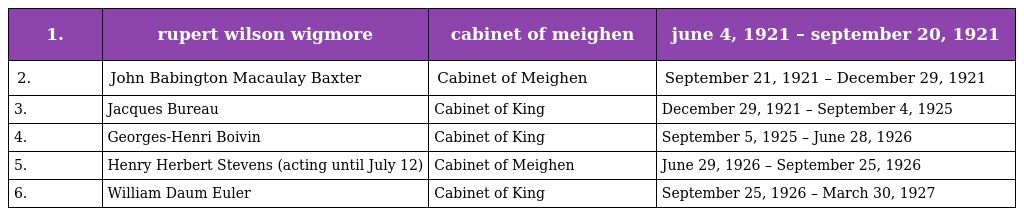
| 1. | rupert wilson wigmore | cabinet of meighen | june 4, 1921 – september 20, 1921 |
 | --- | --- | --- | --- |
 | 2. | John Babington Macaulay Baxter | Cabinet of Meighen | September 21, 1921 – December 29, 1921 |
 | 3. | Jacques Bureau | Cabinet of King | December 29, 1921 – September 4, 1925 |
 | 4. | Georges-Henri Boivin | Cabinet of King | September 5, 1925 – June 28, 1926 |
 | 5. | Henry Herbert Stevens (acting until July 12) | Cabinet of Meighen | June 29, 1926 – September 25, 1926 |
 | 6. | William Daum Euler | Cabinet of King | September 25, 1926 – March 30, 1927 |